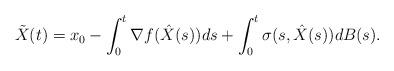
LaTeX: \begin{align*} \tilde{X}(t)=x_0-\int_0^t \nabla f(\hat{X}(s))ds+\int_0^t \sigma(s,\hat{X}(s)) dB(s).\end{align*}